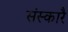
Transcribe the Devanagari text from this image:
संस्कारै